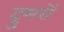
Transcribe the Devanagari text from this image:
द्रुमरों